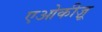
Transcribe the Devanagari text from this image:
एओकीज़ू